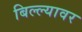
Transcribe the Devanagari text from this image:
बिल्ल्यावर